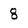
Character: 8